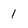
Character: 1